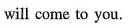
will come to you.